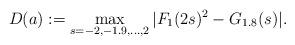
LaTeX: \begin{align*} D(a):=\max_{s=-2,-1.9,\ldots,2} |F_{1}(2s)^{2}-G_{1.8}(s)|.\end{align*}